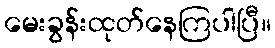
မေးခွန်းထုတ်နေကြပါပြီ။